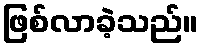
ဖြစ်လာခဲ့သည်။